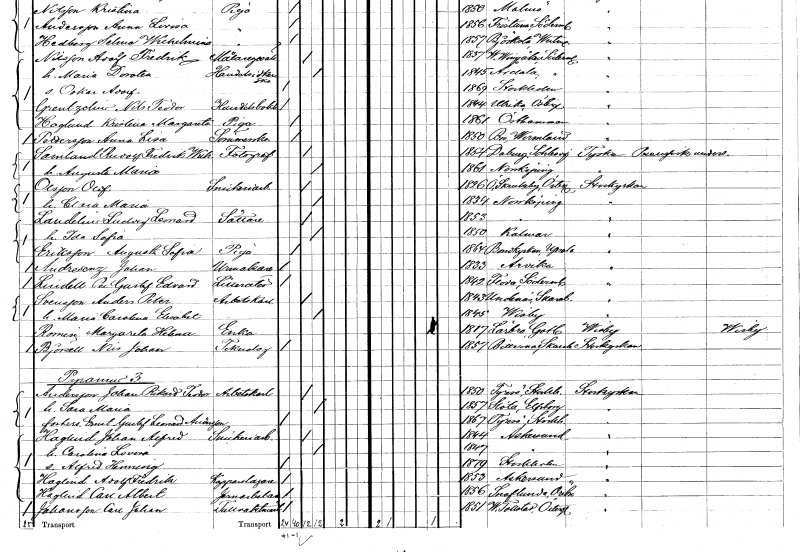
gt_parse: households: individuals: FN: Anna Lisa
EN: Pettersson
YRKE: Sömmerska
KON: K
CIV: O
FODAR: 1850
FODFORS: Bro Värmlands län
FN: Rudolf Fredrik Wilhelm
EN: Samland
YRKE: Fotograf
KON: M
CIV: G
FODAR: 1854
FN: Augusta Maria
KON: K
CIV: G
FODAR: 1861
FODFORS: Norrköping Östergötlands län
FN: Olof
EN: Olsson
YRKE: Snickeriarbetare
KON: M
CIV: G
FODAR: 1826
FODFORS: Östra Skrukeby Östergötlands län
FN: Clara Maria
KON: K
CIV: G
FODAR: 1834
FODFORS: Norrköping Östergötlands län
FN: Ludvig Leonard
EN: Landelius
YRKE: Sättare
KON: M
CIV: G
FODAR: 1853
FODFORS: Norrköping Östergötlands län
FN: Ida Sofia
KON: K
CIV: G
FODAR: 1850
FODFORS: Kalmar Kalmar län
FN: Augusta Sofia
EN: Eriksson
YRKE: Piga
KON: K
CIV: O
FODAR: 1864
FODFORS: Bondkyrka Uppsala län
FN: Johan
EN: Andresenz
YRKE: Urmakare
KON: M
CIV: O
FODAR: 1833
FODFORS: Arvika Värmlands län
FN: Per Gustaf Edvard
EN: Lindell
YRKE: Litteratör
KON: M
CIV: O
FODAR: 1842
FODFORS: Floda Södermanlands län
FN: Anders Peter
EN: Svensson
YRKE: Arbetskarl
KON: M
CIV: G
FODAR: 1843
FODFORS: Undenäs Skaraborgs län
FN: Maria Carolina Elisabet
KON: K
CIV: G
FODAR: 1845
FODFORS: Visby Gotlands län
FN: Margareta Helena
EN: Romen
YRKE: Änka
KON: K
CIV: E
FODAR: 1817
FODFORS: Lärbro Gotlands län
FN: Nils Johan
EN: Björsäll
YRKE: Teknolog
KON: M
CIV: O
FODAR: 1857
FODFORS: Bitterna Skaraborgs län
FN: Johan Rikard Teodor
EN: Andersson
YRKE: Arbetskarl
KON: M
CIV: G
FODAR: 1850
FODFORS: Tyresö Stockholms län
FN: Sara Maria
KON: K
CIV: G
FODAR: 1857
FODFORS: Slöta Skaraborgs län
FN: Ernst Gustaf Leonard
EN: Andersson
KON: M
CIV: O
FODAR: 1867
FODFORS: Tyresö Stockholms län
FN: Johan Alfred
EN: Haglind
YRKE: Snickeriarbetare
KON: M
CIV: G
FODAR: 1844
FODFORS: Askersund Örebro län
FN: Carolina Lovisa
KON: K
CIV: G
FODAR: 1847
FODFORS: Askersund Örebro län
FN: Alfred Henning
KON: M
CIV: O
FODAR: 1879
FODFORS: Stockholm
FN: Adolf Fredrik
EN: Haglind
YRKE: Kopparslagare
KON: M
CIV: O
FODAR: 1853
FODFORS: Askersund Örebro län
FN: Carl Albert
EN: Haglind
YRKE: Järnarbetare
KON: M
CIV: O
FODAR: 1856
FODFORS: Snavlunda Örebro län
FN: Carl Johan
EN: Johansson
YRKE: Tullvaktmästare
KON: M
CIV: O
FODAR: 1851
FODFORS: Västra Tollstad Östergötlands län